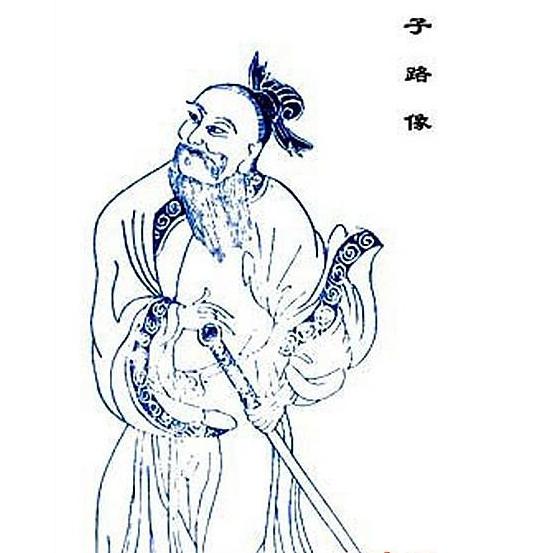
子路，人告之以有过则喜。禹闻善言则拜。